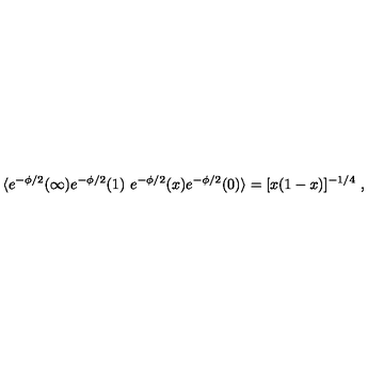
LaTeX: \langle e ^ { - \phi / 2 } ( \infty ) e ^ { - \phi / 2 } ( 1 ) \ e ^ { - \phi / 2 } ( x ) e ^ { - \phi / 2 } ( 0 ) \rangle = [ x ( 1 - x ) ] ^ { - 1 / 4 } \ ,